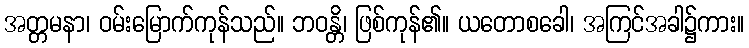
အတ္တမနာ၊ ဝမ်းမြောက်ကုန်သည်။ ဘဝန္တိ၊ ဖြစ်ကုန်၏။ ယတောစခေါ၊ အကြင်အခါ၌ကား။